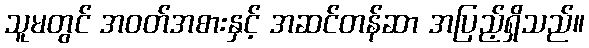
သူမတွင် အဝတ်အစားနှင့် အဆင်တန်ဆာ အပြည့်ရှိသည်။